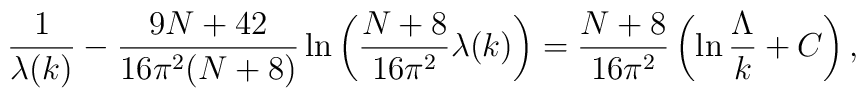
\frac{1}{\lambda(k)}-\frac{9N+42}{16\pi^2(N+8)}\ln\left(\frac{N+8}{16\pi^2}\lambda(k)\right)= \frac{N+8}{16\pi^2}\left(\ln\frac{\Lambda}{k}+C\right),